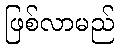
ဖြစ်လာမည်